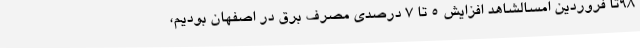
98تا فروردین امسالشاهد افزایش 5 تا 7 درصدی مصرف برق در اصفهان بودیم،